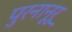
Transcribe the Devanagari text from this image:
पुरनानूरू